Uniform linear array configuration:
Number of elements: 8
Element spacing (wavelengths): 0.5
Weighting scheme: cosine
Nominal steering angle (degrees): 60
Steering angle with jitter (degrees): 58.369
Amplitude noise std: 0.05
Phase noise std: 0.05

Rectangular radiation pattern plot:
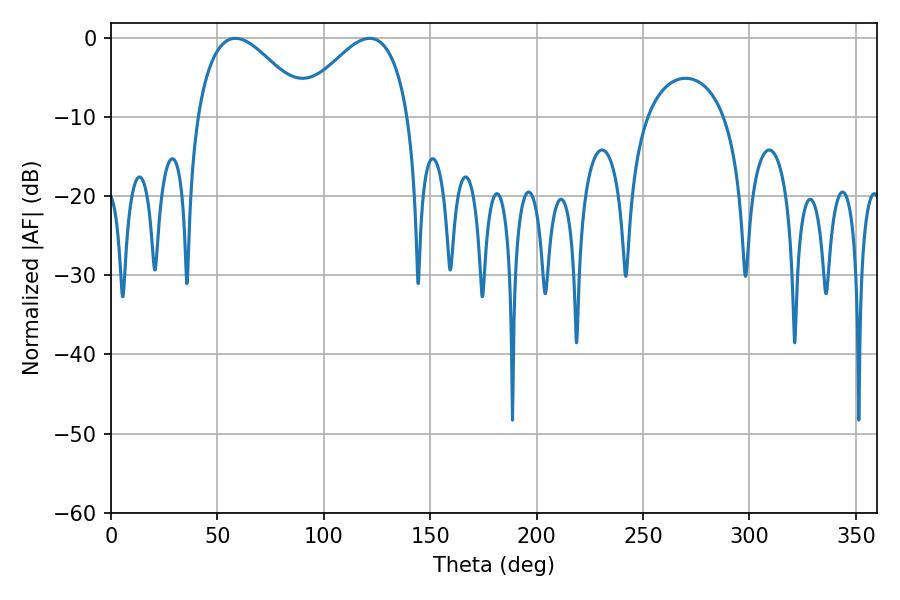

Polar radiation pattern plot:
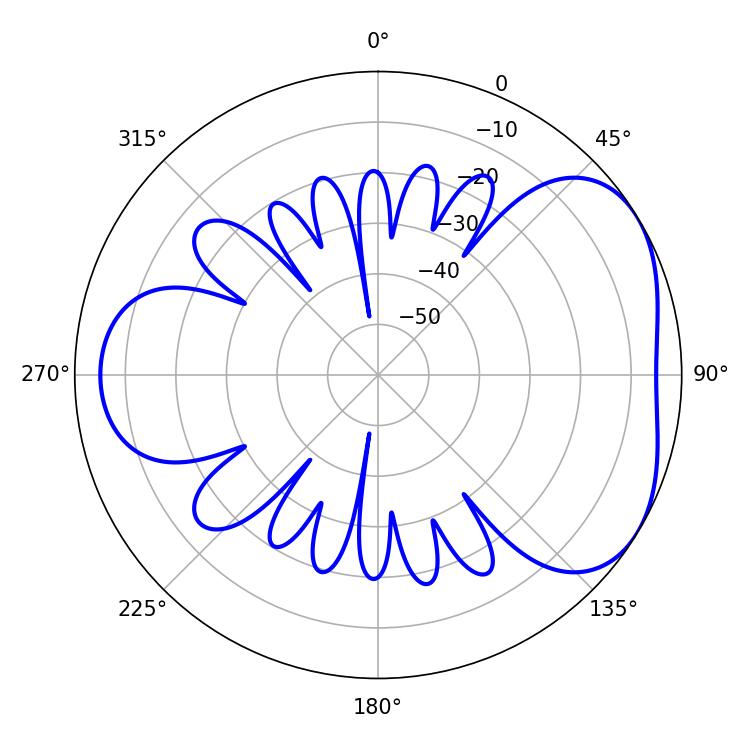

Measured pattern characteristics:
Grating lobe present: FALSE
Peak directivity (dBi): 4.237
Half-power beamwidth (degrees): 28.26
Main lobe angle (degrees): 58.5